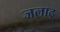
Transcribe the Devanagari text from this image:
जलाढ़